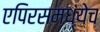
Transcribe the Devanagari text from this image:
एपिरसमध्येच